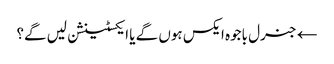
← جنرل باجوہ ایکس ہوں گے یا ایکسٹینشن لیں گے؟